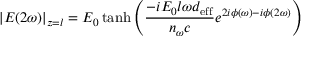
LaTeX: | E ( 2 \omega ) | _ { z = l } = E _ { 0 } \operatorname { t a n h } { \left( { \frac { - i E _ { 0 } l \omega d _ { \mathrm { e f f } } } { n _ { \omega } c } } e ^ { 2 i \phi ( \omega ) - i \phi ( 2 \omega ) } \right) }